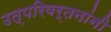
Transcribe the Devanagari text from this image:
उत्परिवर्तनांनी